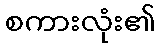
စကားလုံး၏